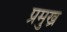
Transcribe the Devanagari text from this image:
प्रमुख्र